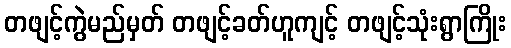
တဖျင့်ကွဲမည်မှတ် တဖျင့်ခတ်ဟူကျင့် တဖျင့်သုံးရွာကြိုး